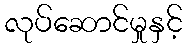
လုပ်ဆောင်မှုနှင့်